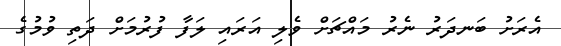
އެރަށު ބަނދަރު ނެރު މައްޗަށް ވެލި އަރައި ލަފާ ފުރުމަށް ދަތި ވުމުގެ